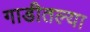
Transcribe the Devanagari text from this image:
गाडीतल्या